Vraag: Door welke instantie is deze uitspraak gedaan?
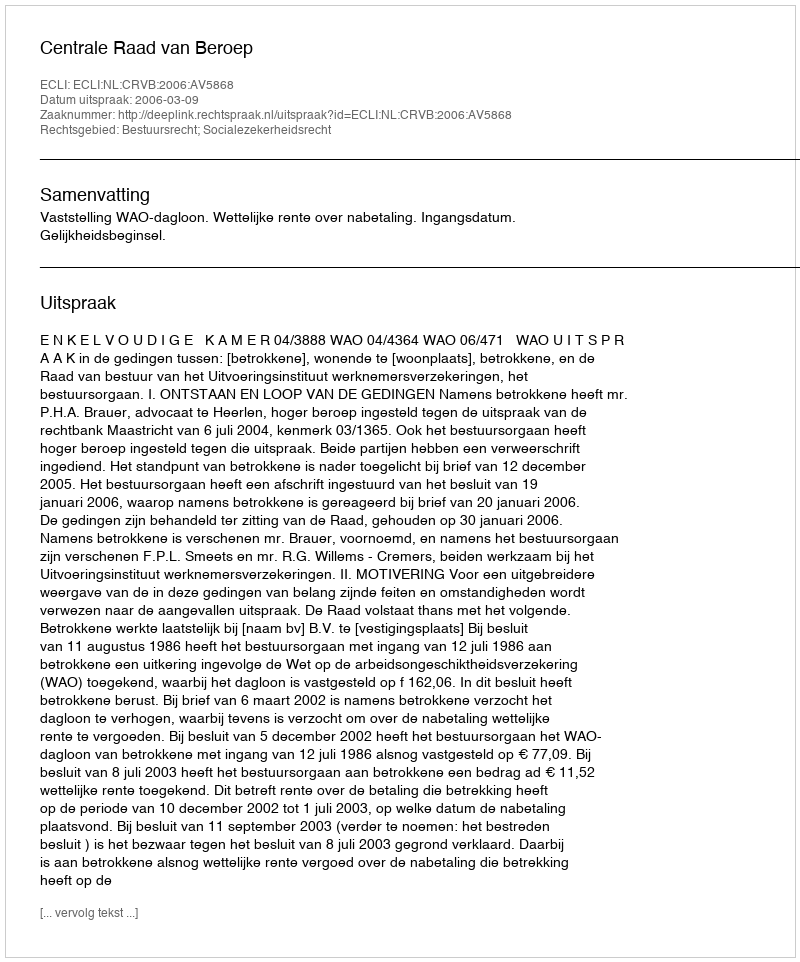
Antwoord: Centrale Raad van Beroep